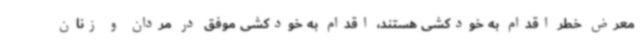
معرض خطر اقدام به خودکشی هستند، اقدام به خودکشی موفق در مردان و زنان